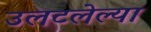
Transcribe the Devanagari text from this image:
उलटलेल्या